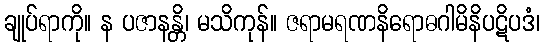
ချုပ်ရာကို။ န ပဇာနန္တိ၊ မသိကုန်။ ဇရာမရဏနိရောဓဂါမိနိပဋိပဒံ၊